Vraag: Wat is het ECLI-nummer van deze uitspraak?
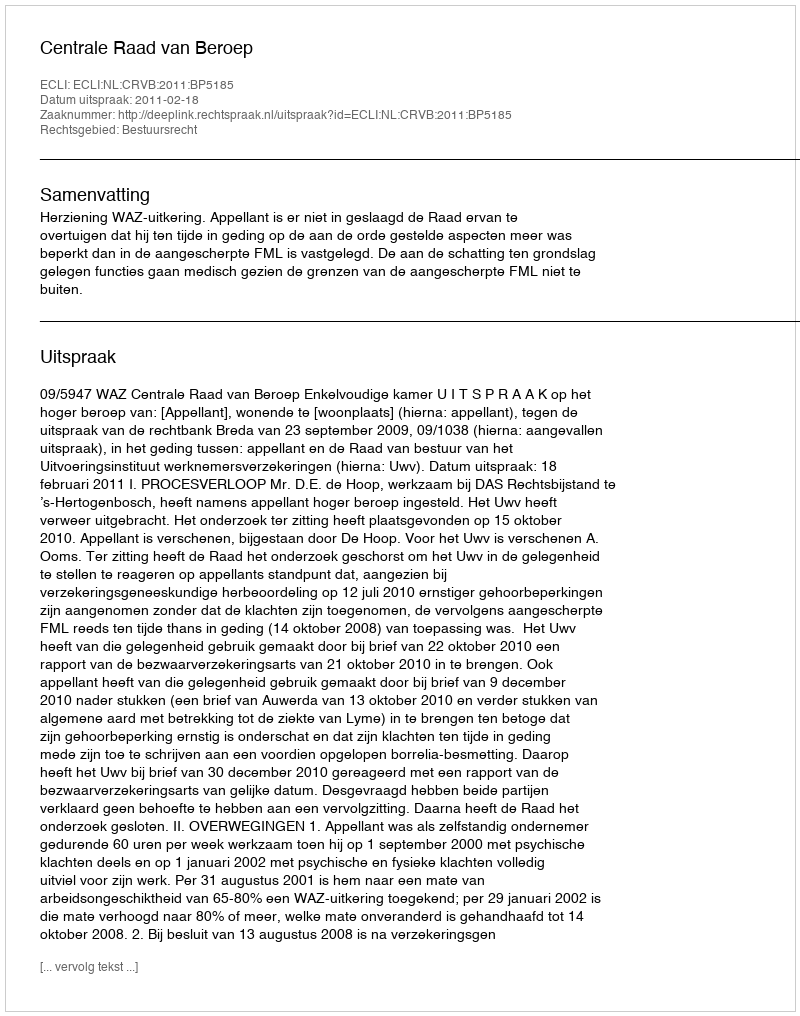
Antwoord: ECLI:NL:CRVB:2011:BP5185